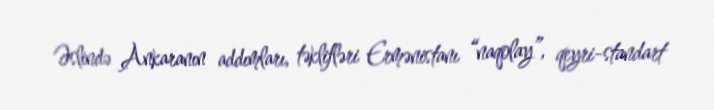
Əslində Ankaranın addımları, təklifləri Ermənistanı “naqolay”, qeyri-standart